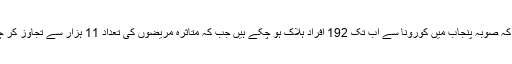
یاد رہے کہ صوبہ پنجاب میں کورونا سے اب تک 192 افراد ہلاک ہو چکے ہیں جب کہ متاثرہ مریضوں کی تعداد 11 ہزار سے تجاوز کر چکی ہے۔